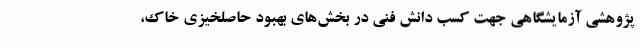
پژوهشی‌ آزمایشگاهی جهت کسب دانش فنی در بخش‌های بهبود حاصلخیزی خاک،